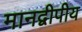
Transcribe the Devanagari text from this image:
मानद्वीपीय